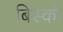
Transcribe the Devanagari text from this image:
बिस्को